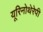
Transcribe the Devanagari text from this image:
यूरिनोथेरेपी